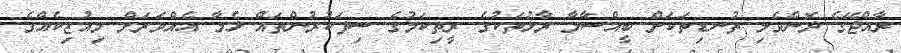
ރާއްޖޭގެ ދޮންވެލި ތުނޑިތަކަށް ބީއްސާލާ ރާޅުތަކުގެ ރީތިކަމުގެ ސިފަކުރުންތައް ޅެމާ އެއްވަރަށް މިއުޒިކެއްގެ